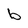
Character: b